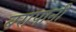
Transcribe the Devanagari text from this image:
बरापानी